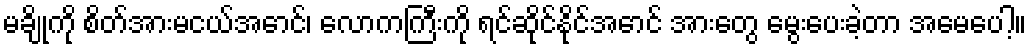
မချိုကို စိတ်အားမငယ်အောင်၊ လောကကြီးကို ရင်ဆိုင်နိုင်အောင် အားတွေ မွေးပေးခဲ့တာ အမေပေါ့။